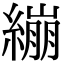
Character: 繃